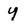
Character: y